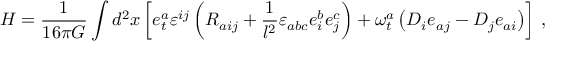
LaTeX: H = { \frac { 1 } { 1 6 \pi G } } \int d ^ { 2 } x \left[ e _ { t } ^ { a } \varepsilon ^ { i j } \left( R _ { a i j } + { \frac { 1 } { l ^ { 2 } } } \varepsilon _ { a b c } e _ { i } ^ { b } e _ { j } ^ { c } \right) + \omega _ { t } ^ { a } \left( D _ { i } e _ { a j } - D _ { j } e _ { a i } \right) \right] \, ,